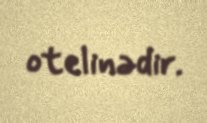
otelinədir.